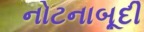
નોટનાબૂદી